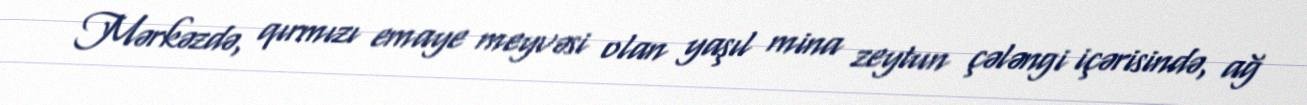
Mərkəzdə, qırmızı emaye meyvəsi olan yaşıl mina zeytun çələngi içərisində, ağ